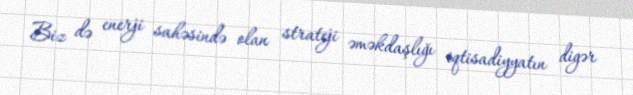
Biz də enerji sahəsində olan strateji əməkdaşlığı iqtisadiyyatın digər